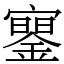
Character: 䥌